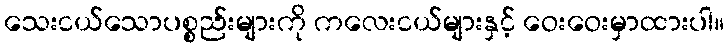
သေးငယ်သောပစ္စည်းများကို ကလေးငယ်များနှင့် ဝေးဝေးမှာထားပါ။